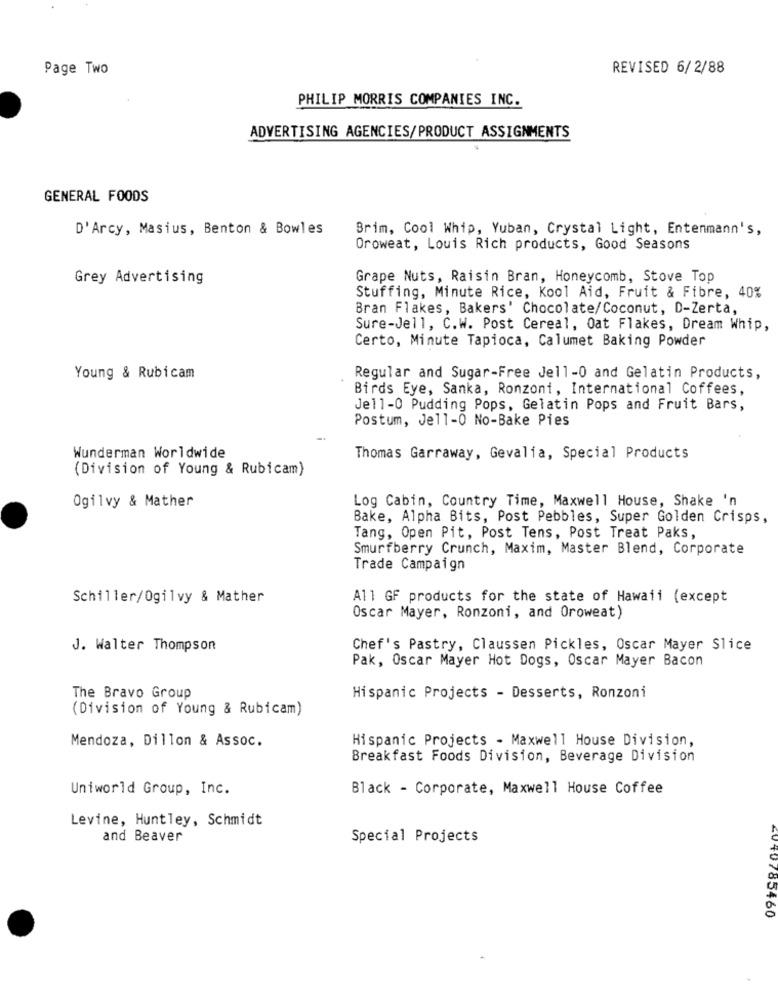
Page Two
REVISED 6/2/88
PHILIP MORRIS COMPANIES INC.
ADVERTISING AGENCIES/PRODUCT ASSIGNMENTS
GENERAL FOODS
D'Arcy, Masius, Benton & Bowles
Brim, Cool Whip, Yuban, Crystal Light, Entenmann's,
Oroweat, Louis Rich products, Good Seasons
Grey Advertising
Grape Nuts, Raisin Bran, Honeycomb, Stove Top
Stuffing, Minute Rice, Kool Aid, Fruit & Fibre, 40%
Bran Flakes, Bakers' Chocolate/Coconut, D-Zerta,
Sure-Jell, C.W. Post Cereal, Oat Flakes, Dream Whip,
Certo, Minute Tapioca, Calumet Baking Powder
Young & Rubicam
Regular and Sugar-Free Jell-0 and Gelatin Products,
Birds Eye, Sanka, Ronzoni, International Coffees,
Jell-O Pudding Pops, Gelatin Pops and Fruit Bars,
Postum, Jell-O No-Bake Pies
Wunderman Worldwide
Thomas Garraway, Gevalia, Special Products
(Division of Young & Rubicam)
Ogilvy & Mather
Log Cabin, Country Time, Maxwell House, Shake 'n
Bake, Alpha Bits, Post Pebbles, Super Golden Crisps,
Tang, Open Pit, Post Tens, Post Treat Paks,
Smurfberry Crunch, Maxim, Master Blend, Corporate
Trade Campaign
Schiller/Ogilvy & Mather
All GF products for the state of Hawaii (except
Oscar Mayer, Ronzoni, and Oroweat)
J. Walter Thompson
Chef's Pastry, Claussen Pickles, Oscar Mayer Slice
Pak, Oscar Mayer Hot Dogs, Oscar Mayer Bacon
The Bravo Group
Hispanic Projects - Desserts, Ronzoni
(Division of Young & Rubicam)
Mendoza, Dillon & Assoc.
Hispanic Projects - Maxwell House Division,
Breakfast Foods Division, Beverage Division
Uniworld Group, Inc.
Black - Corporate, Maxwell House Coffee
Levine, Huntley, Schmidt
and Beaver
Special Projects
4V 10/83460